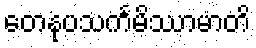
တေနုပသင်္ကမိဿာမာတိ